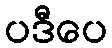
ပဒီပေ